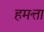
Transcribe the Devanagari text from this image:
हमत्ता